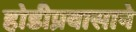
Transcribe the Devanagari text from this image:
होडीप्रवासाने